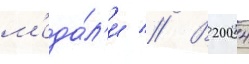
м'еда́л'и // В 2004